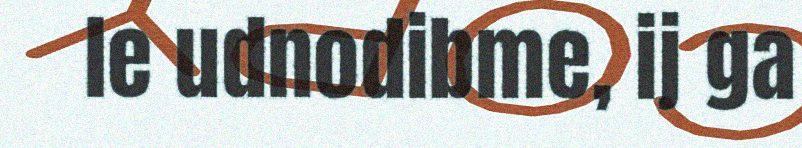
le udnodibme, ij ga